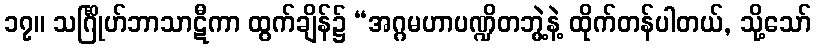
၁၇။ သင်္ဂြိုဟ်ဘာသာဋီကာ ထွက်ချိန်၌ “အဂ္ဂမဟာပဏ္ဍိတဘွဲ့နဲ့ ထိုက်တန်ပါတယ်, သို့သော်